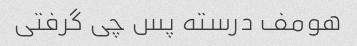
هومف درسته پس چی گرفتی